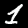
Digit: 1